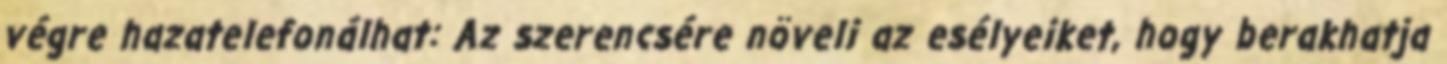
végre hazatelefonálhat: Az szerencsére növeli az esélyeiket, hogy berakhatja